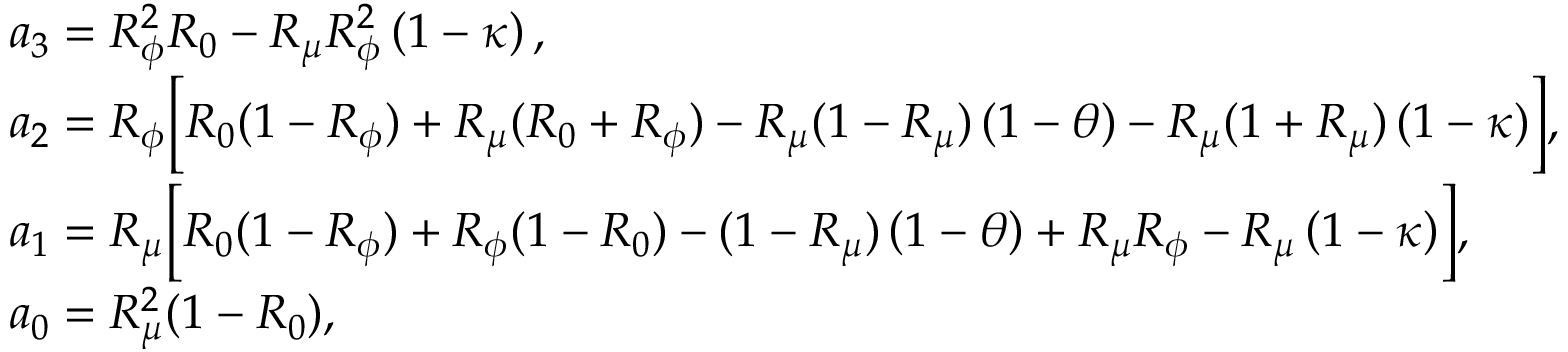
\begin{array} { r l } & { a _ { 3 } = R _ { \phi } ^ { 2 } R _ { 0 } - R _ { \mu } R _ { \phi } ^ { 2 } \left( 1 - \kappa \right) , } \\ & { a _ { 2 } = R _ { \phi } \biggl [ R _ { 0 } ( 1 - R _ { \phi } ) + R _ { \mu } ( R _ { 0 } + R _ { \phi } ) - R _ { \mu } ( 1 - R _ { \mu } ) \left( 1 - \theta \right) - R _ { \mu } ( 1 + R _ { \mu } ) \left( 1 - \kappa \right) \biggr ] , } \\ & { a _ { 1 } = R _ { \mu } \biggl [ R _ { 0 } ( 1 - R _ { \phi } ) + R _ { \phi } ( 1 - R _ { 0 } ) - ( 1 - R _ { \mu } ) \left( 1 - \theta \right) + R _ { \mu } R _ { \phi } - R _ { \mu } \left( 1 - \kappa \right) \biggr ] , } \\ & { a _ { 0 } = R _ { \mu } ^ { 2 } ( 1 - R _ { 0 } ) , } \end{array}